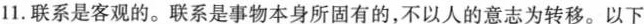
11.联系是客观的。联系是事物本身所固有的，不以人的意志为转移。以下